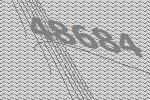
48684